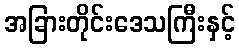
အခြားတိုင်းဒေသကြီးနှင့်